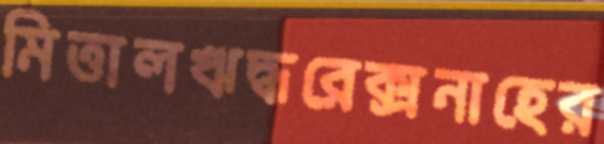
মিত্তালঋদ্ধরেক্সনাহের